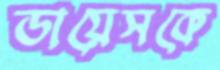
ডায়েসকে